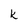
Character: k